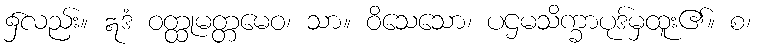
၌လည်း။ ဣဒံ ဝတ္ထုမတ္တမေဝ၊ သာ။ ဝိသေသော၊ ပဌမသိက္ခာပုဒ်မှထူး၏။ စ၊